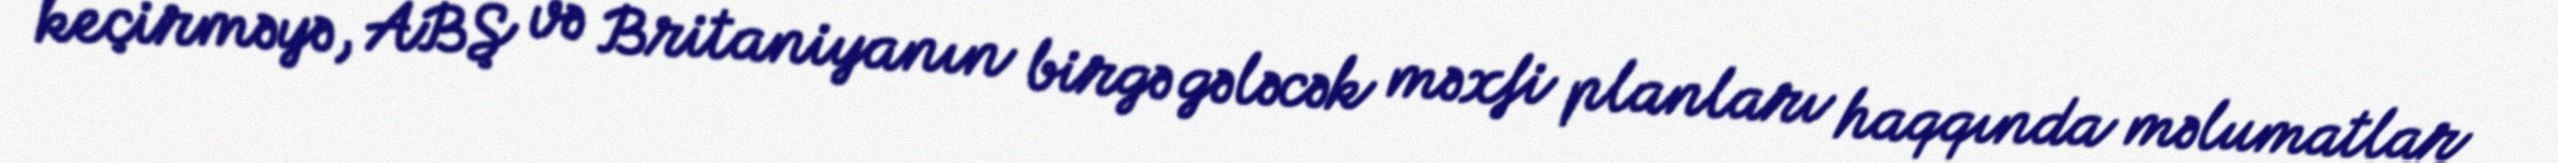
keçirməyə, ABŞ və Britaniyanın birgə gələcək məxfi planları haqqında məlumatlar